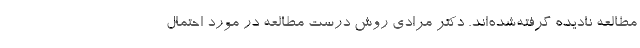
مطالعه نادیده گرفته‌شده‌اند. دکتر مرادی روش درست مطالعه در مورد احتمال